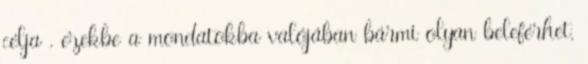
célja , ezekbe a mondatokba valójában bármi olyan beleférhet,